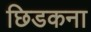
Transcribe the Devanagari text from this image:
छिडकना